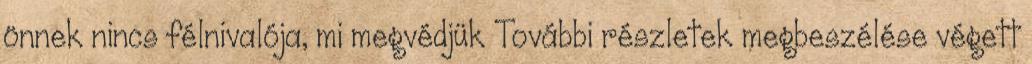
önnek nincs félnivalója, mi megvédjük További részletek megbeszélése végett